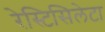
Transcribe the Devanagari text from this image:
रेस्टिसिलेटा